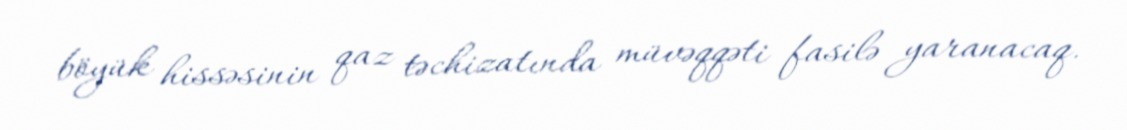
böyük hissəsinin qaz təchizatında müvəqqəti fasilə yaranacaq.